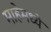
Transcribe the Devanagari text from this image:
माहेमध्ये